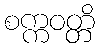
စက္ကဝတ္တိ